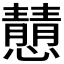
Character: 𪬿